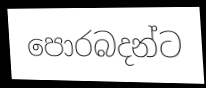
පොරබදන්ට